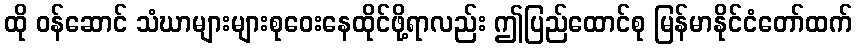
ထို ဝန်ဆောင် သံဃာများများစုဝေးနေထိုင်ဖို့ရာလည်း ဤပြည်ထောင်စု မြန်မာနိုင်ငံတော်ထက်